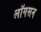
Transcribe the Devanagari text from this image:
लॉगसन